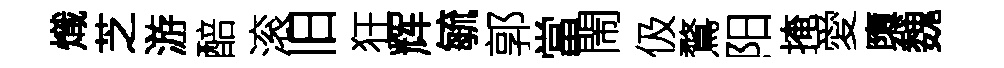
熾芝游醅滚旧狂辉毓郭當閙伋鶩阳掩愛隳魏